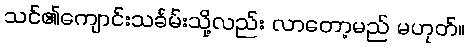
သင်၏ကျောင်းသင်္ခမ်းသို့လည်း လာတော့မည် မဟုတ်။